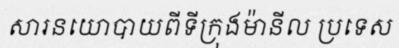
សារនយោបាយពីទីក្រុងម៉ានីល ប្រទេស